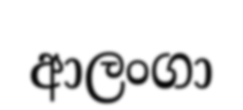
ආලංගා